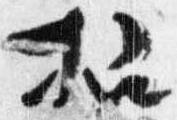
招